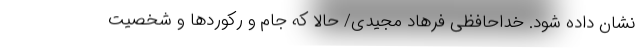
نشان داده شود. خداحافظی فرهاد مجیدی/ حالا که جام و رکوردها و شخصیت